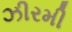
ઝીરમી